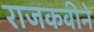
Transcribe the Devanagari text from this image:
राजकवीने